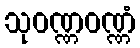
သုဝဏ္ဏဝဏ္ဏံ